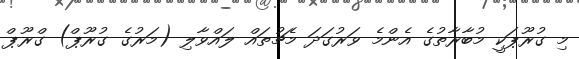
މި ގުރޫޕަކީ މުބާރާތުގެ އެންމެ ވަރުގަދަ މެޗުތައް ލައްވާލި (މަރުގެ ގުރޫޕް) ގްރޫޕް